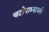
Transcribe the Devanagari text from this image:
चटोपाध्यायके